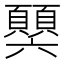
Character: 𩕧